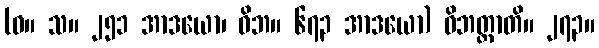
(ဓ။ သ။ ၂၅၁ အာဒယော၊ ဝိဘ။ ၆၇၃ အာဒယော) ဝိဘတ္တာတိ။ ၂၇၃။